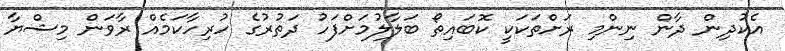
އެކުދިން ދާން ނިންމި ރަށްތަކަކީ ކޮބައިތޯ ބަލާލުމަށްފަހު ދަތުރުގެ ހުރިހާކަމެއް ރާވަން މިޝްޔާ